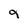
Character: 9